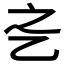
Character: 𬼛